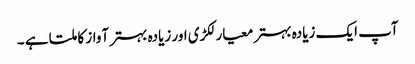
آپ ایک زیادہ بہتر معیار لکڑی اور زیادہ بہتر آواز کا ملتا ہے ۔